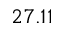
2 7 . 1 1